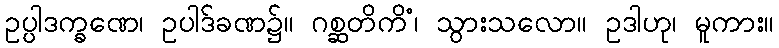
ဥပ္ပါဒက္ခဏေ၊ ဥပါဒ်ခဏ၌။ ဂစ္ဆတိကိံ၊ သွားသလော။ ဥဒါဟု၊ မူကား။